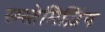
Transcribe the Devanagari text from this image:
स्य्स्तेमिज़िंग